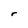
Character: r